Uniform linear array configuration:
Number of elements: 32
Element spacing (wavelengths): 1
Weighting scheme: exponential
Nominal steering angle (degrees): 15
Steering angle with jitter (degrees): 14.817
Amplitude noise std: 0.05
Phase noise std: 0.05

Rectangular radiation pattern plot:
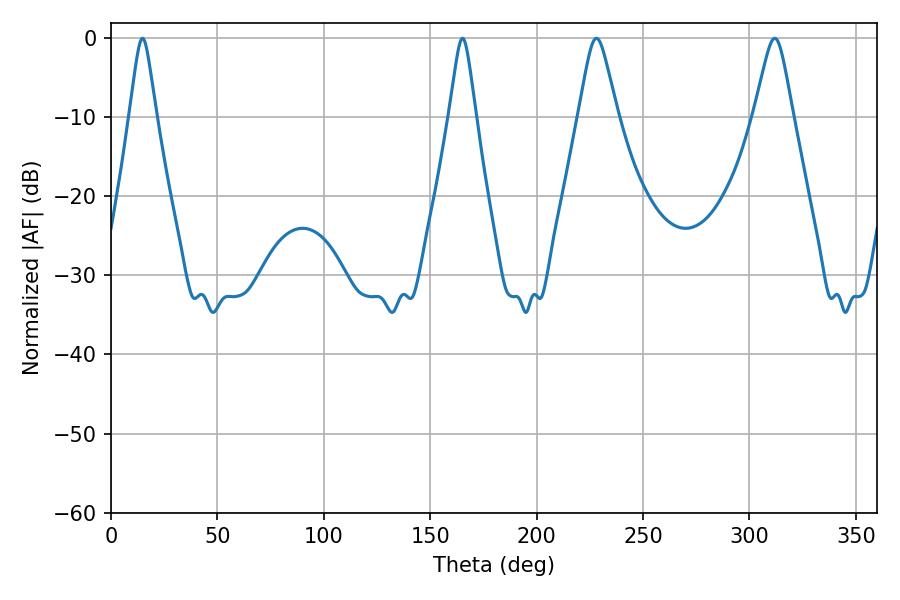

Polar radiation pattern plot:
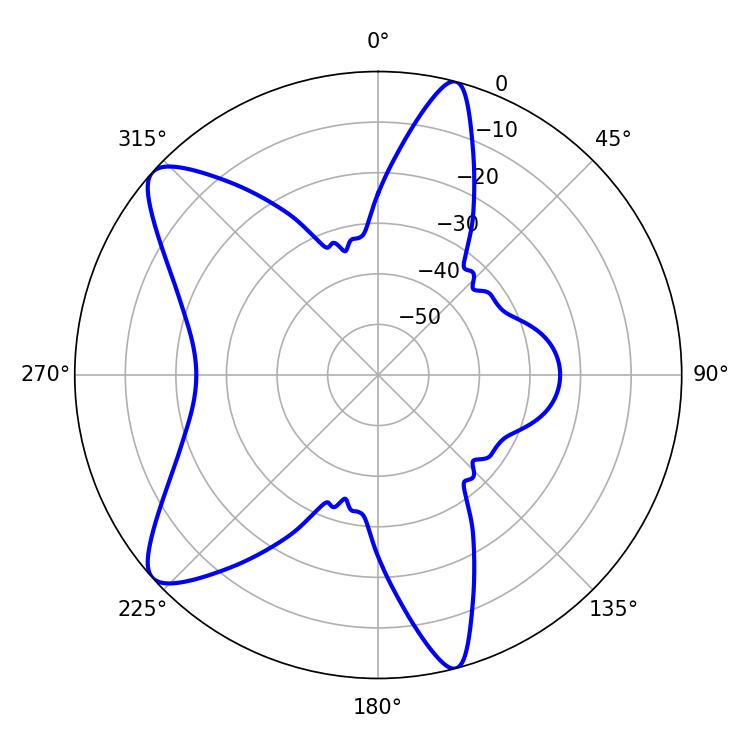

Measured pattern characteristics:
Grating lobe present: TRUE
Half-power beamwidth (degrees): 8.64
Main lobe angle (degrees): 228.06